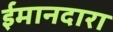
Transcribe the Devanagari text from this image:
ईमानदारा